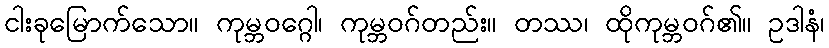
ငါးခုမြောက်သော။ ကုမ္ဘဝဂ္ဂေါ၊ ကုမ္ဘဝဂ်တည်း။ တဿ၊ ထိုကုမ္ဘဝဂ်၏။ ဥဒါနံ၊